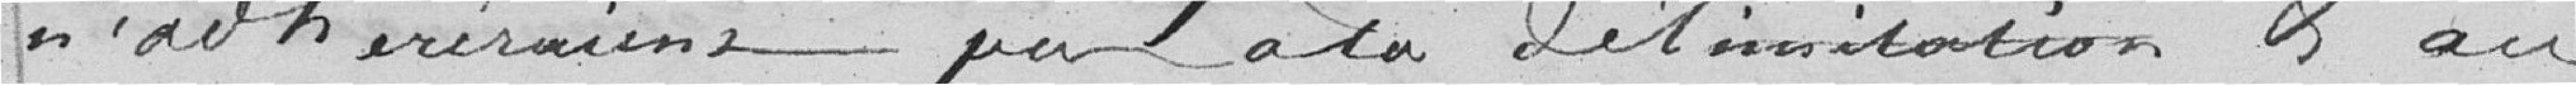
n'adhéreraient pas à la délimitation et au